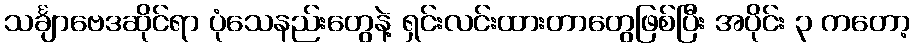
သင်္ချာဗေဒဆိုင်ရာ ပုံသေနည်းတွေနဲ့ ရှင်းလင်းထားတာတွေဖြစ်ပြီး အပိုင်း ၃ ကတော့